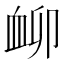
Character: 𧖰